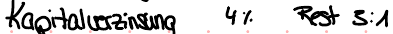
Kapitalverzinsung 4% Rest 3:1